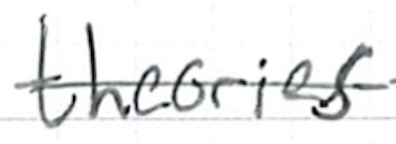
Text: theories
Cross-out: mix
Writing tool: ballpoint